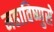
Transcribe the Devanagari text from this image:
महाविष्णुसे